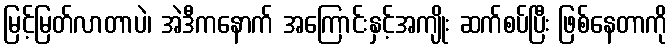
မြင့်မြတ်လာတာပဲ၊ အဲဒီကနောက် အကြောင်းနှင့်အကျိုး ဆက်စပ်ပြီး ဖြစ်နေတာကို